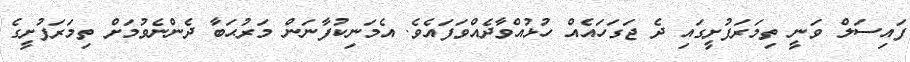
ފައިސަލް ވަނީ ތިމަރަފުށީގައި ދެ ޖަގަހައެއް ހުޅުއްވާދެއްވަފައެވެ. އެމަނިކުފާނަން މަރުޙަބާ ދެންނެވުމަށް ތިމަރަފުށީގެ